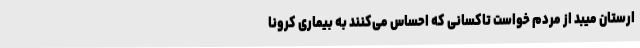
ارستان میبد از مردم خواست تاکسانی که احساس می‌کنند به بیماری کرونا